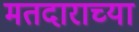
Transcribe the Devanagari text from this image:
मतदाराच्या